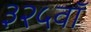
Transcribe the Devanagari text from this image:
३२५वॉ